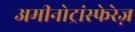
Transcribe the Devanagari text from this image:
अमीनोट्रांस्फेरेज़